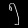
Digit: ၅